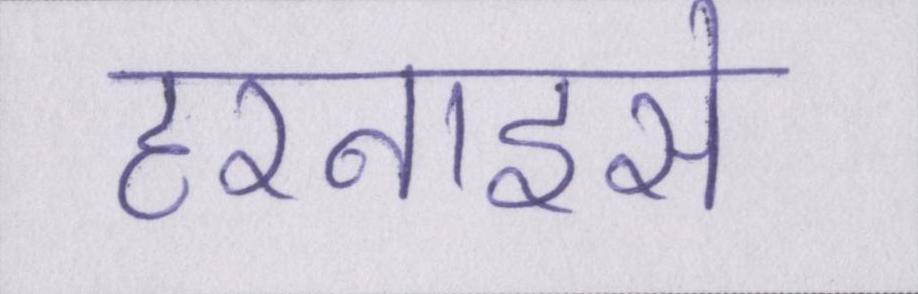
हरनाइसे